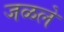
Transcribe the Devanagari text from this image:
जळले